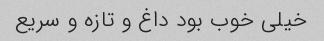
خیلی خوب بود داغ و تازه و سریع